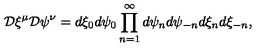
{ \cal D } \xi ^ { \mu } { \cal D } \psi ^ { \nu } = d \xi _ { 0 } d \psi _ { 0 } \prod _ { n = 1 } ^ { \infty } d \psi _ { n } d \psi _ { - n } d \xi _ { n } d \xi _ { - n } ,